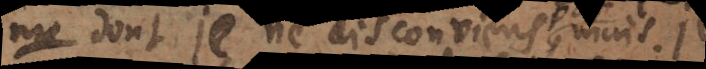
me dont je ne disconviens pas,